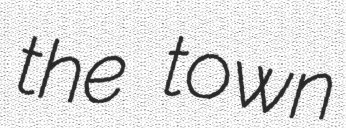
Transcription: the town